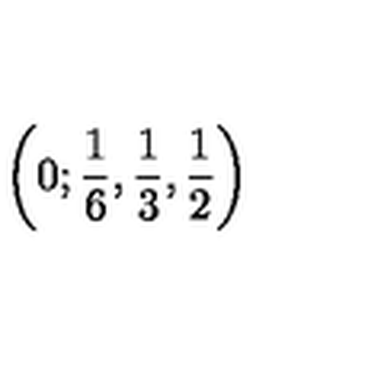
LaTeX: \left( 0 ; \frac { 1 } { 6 } , \frac { 1 } { 3 } , \frac { 1 } { 2 } \right)